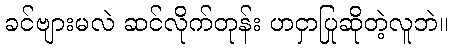
ခင်ဗျားမလဲ ဆင်လိုက်တုန်း ဟငှာပြုဆိုတဲ့လူဘဲ။